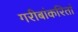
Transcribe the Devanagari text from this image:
गरीबांकरितां